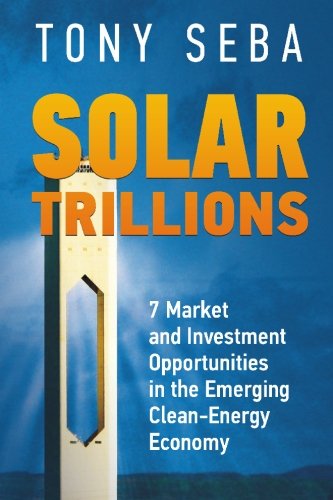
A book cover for Solar Trillions: 7 Market and Investment Opportunities in the Emerging Clean-Energy Economy; Tony Seba; Business & Money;